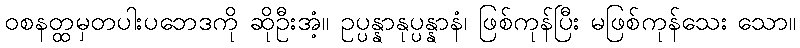
ဝစနတ္ထမှတပါးပဘေဒကို ဆိုဦးအံ့။ ဥပ္ပန္နာနုပ္ပန္နာနံ၊ ဖြစ်ကုန်ပြီး မဖြစ်ကုန်သေး သော။